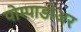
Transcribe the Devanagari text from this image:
पोम्पाडोअर